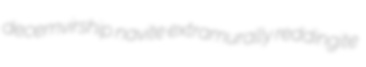
decemvirship navite extramurally reddingite